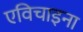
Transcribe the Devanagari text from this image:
एविचाइना